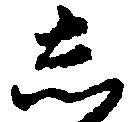
し